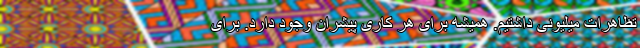
تظاهرات میلیونی داشتیم. همیشه برای هر کاری پیشران وجود دارد. برای